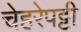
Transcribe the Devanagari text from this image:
चेहरेपट्टी